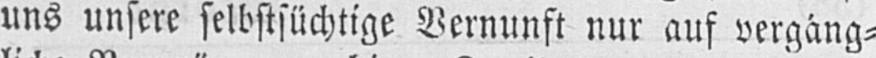
uns unsere selbstsüchtige Vernunft nur auf vergäng⸗